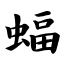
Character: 蝠